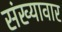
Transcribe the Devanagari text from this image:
संख्यावार